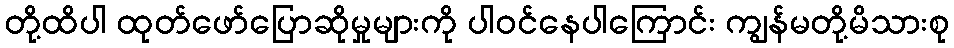
တို့ထိပါ ထုတ်ဖော်ပြောဆိုမှုများကို ပါဝင်နေပါကြောင်း ကျွန်မတို့မိသားစု